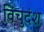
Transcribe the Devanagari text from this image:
विंचुदंश